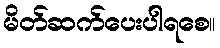
မိတ်ဆက်ပေးပါရစေ။